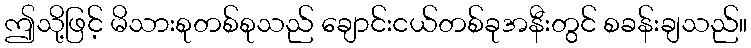
ဤသို့ဖြင့် မိသားစုတစ်စုသည် ချောင်းငယ်တစ်ခုအနီးတွင် စခန်းချသည်။